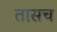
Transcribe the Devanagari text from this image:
तासच